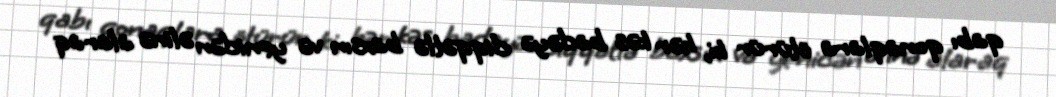
qabı qonaqlara ötürür ki, hər kəs badəyə diqqətlə baxsın və yenidən əlinə alaraq